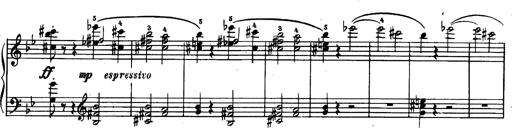
Title: Trauervorspiel und Trauermarsch
Composer: Franz Liszt